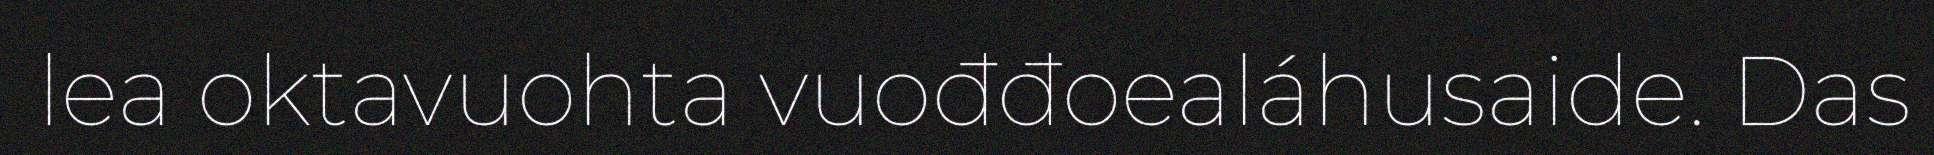
lea oktavuohta vuođđoealáhusaide. Das